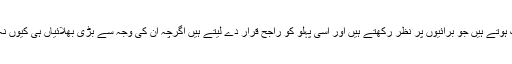
اور بعض لوگ ہوتے ہیں جو برائیوں پر نظر رکھتے ہیں اور اسی پہلو کو راجح قرار دے لیتے ہیں اگرچہ ان کی وجہ سے بڑی بھلائیاں ہی کیوں نہ چھوٹ جائیں۔